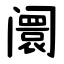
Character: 阛